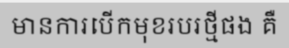
មានការបើកមុខរបរថ្មីផង គឺ